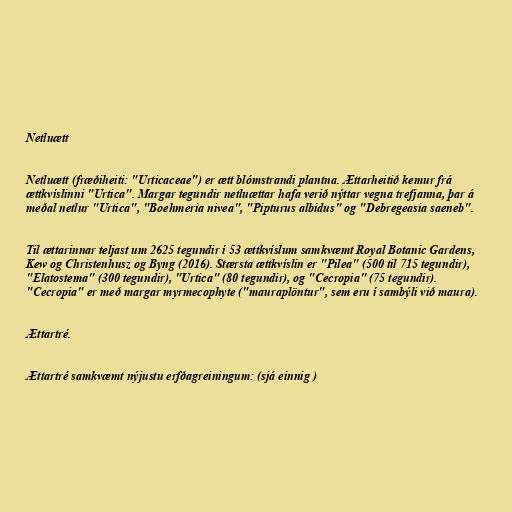
Netluætt

Netluætt (fræðiheiti: "Urticaceae") er ætt blómstrandi plantna. Ættarheitið kemur frá
ættkvíslinni "Urtica". Margar tegundir netluættar hafa verið nýttar vegna trefjanna, þar á
meðal netlur "Urtica", "Boehmeria nivea", "Pipturus albidus" og "Debregeasia saeneb".

Til ættarinnar teljast um 2625 tegundir í 53 ættkvíslum samkvæmt Royal Botanic Gardens,
Kew og Christenhusz og Byng (2016). Stærsta ættkvíslin er "Pilea" (500 til 715 tegundir),
"Elatostema" (300 tegundir), "Urtica" (80 tegundir), og "Cecropia" (75 tegundir).
"Cecropia" er með margar myrmecophyte ("mauraplöntur", sem eru í sambýli við maura).

Ættartré.

Ættartré samkvæmt nýjustu erfðagreiningum: (sjá einnig )